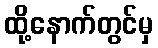
ထို့နောက်တွင်မှ